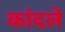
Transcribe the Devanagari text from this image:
कांदले